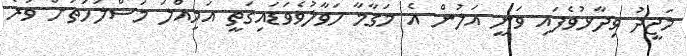
މަޖީދު ވިދާޅުވެފައި ވަނީ އަލުން އެ މަގާމާ ހަވާލުވެވަޑައިގަތީ އަމިއްލަ މަސްލަހަތަށް ވުރެ